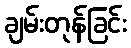
ချမ်းတုန်ခြင်း